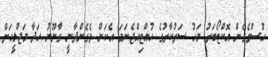
ހުސްވެގެން އޮކްޓޯބަރު މަހު ސަރުކާރުގެ ހުއްޓިއްޖެނަމަ އެކަން ވެގެންދާނީ ގާނޫނު ހަދާ މަޖްލީހަށް